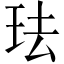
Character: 珐